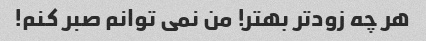
هر چه زودتر بهتر! من نمی توانم صبر کنم!